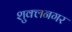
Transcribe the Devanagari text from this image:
शुक्लनगर